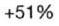
+51%